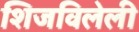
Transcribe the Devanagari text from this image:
शिजविलेली